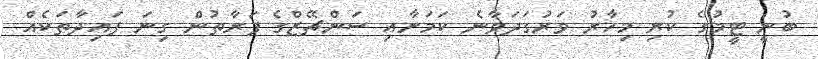
ބުނީ ޓީމުގެ ކުރި މިހާރު ވަރުގަދަވާނެ ކަމަށާއި ސަންޗޭޒްގެ ފަރާތުން ގިނަ ފައިދާތަކެއް